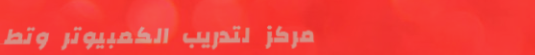
مركز لتدريب الكمبيوتر وتط